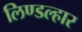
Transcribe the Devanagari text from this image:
लिण्डल्हार